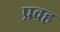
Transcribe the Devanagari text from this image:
प्रवह